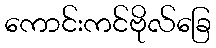
ကောင်းကင်ဗိုလ်ခြေ